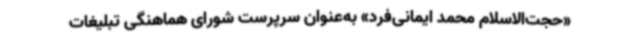
«حجت‌الاسلام محمد ایمانی‌فرد» به‌عنوان سرپرست شورای هماهنگی تبلیغات